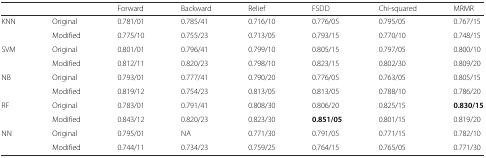
| <COLSPAN=2>  | Forward | Backward | Relief | FSDD | Chi-squared | MRMR |
 | --- | --- | --- | --- | --- | --- | --- | --- |
 | <ROWSPAN=2> KNN | Original | 0.781/01 | 0.785/41 | 0.716/10 | 0.776/05 | 0.795/05 | 0.767/15 |
 | Modified | 0.775/10 | 0.755/23 | 0.713/05 | 0.793/15 | 0.770/10 | 0.748/15 |
 | <ROWSPAN=2> SVM | Original | 0.801/01 | 0.796/41 | 0.799/10 | 0.805/15 | 0.797/05 | 0.800/10 |
 | Modified | 0.812/11 | 0.820/23 | 0.798/10 | 0.823/15 | 0.802/30 | 0.809/20 |
 | <ROWSPAN=2> NB | Original | 0.793/01 | 0.777/41 | 0.790/20 | 0.776/05 | 0.763/05 | 0.805/15 |
 | Modified | 0.819/12 | 0.754/23 | 0.813/05 | 0.813/05 | 0.788/10 | 0.786/20 |
 | <ROWSPAN=2> RF | Original | 0.783/01 | 0.791/41 | 0.808/30 | 0.806/20 | 0.825/15 | 0.830/15 |
 | Modified | 0.843/12 | 0.820/23 | 0.823/30 | 0.851/05 | 0.801/15 | 0.819/20 |
 | <ROWSPAN=2> NN | Original | 0.795/01 | NA | 0.771/30 | 0.791/05 | 0.771/15 | 0.782/10 |
 | Modified | 0.744/11 | 0.734/23 | 0.759/25 | 0.764/15 | 0.765/05 | 0.771/30 |